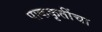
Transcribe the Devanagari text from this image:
पाककृतींचा